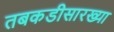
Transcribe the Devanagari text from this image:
तबकडीसारख्या